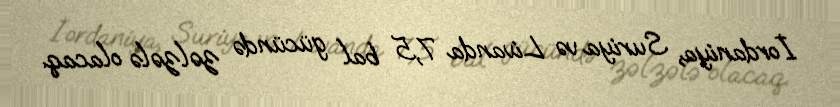
İordaniya, Suriya və Livanda 7,5 bal gücündə zəlzələ olacaq.